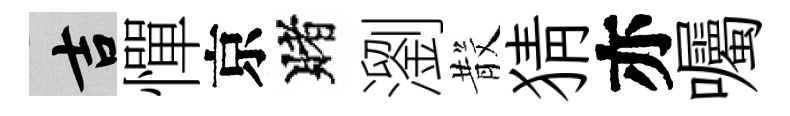
吉憚京賭瀏𣪚猜亦囑